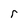
Character: r